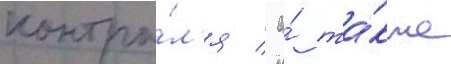
контро́л'я / а́ та́кже